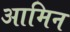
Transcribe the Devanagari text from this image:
आमिन